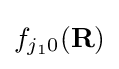
f_{j_{1}0}(\mathbf {R} )